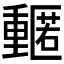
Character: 𮡡